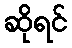
ဆိုရင်